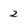
Character: 2